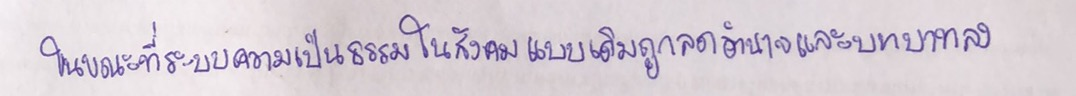
ในขณะที่ระบบความเป็นธรรมในสังคมแบบเดิมถูกลดอำนาจและบทบาทลง